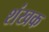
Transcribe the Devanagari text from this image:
शंखक